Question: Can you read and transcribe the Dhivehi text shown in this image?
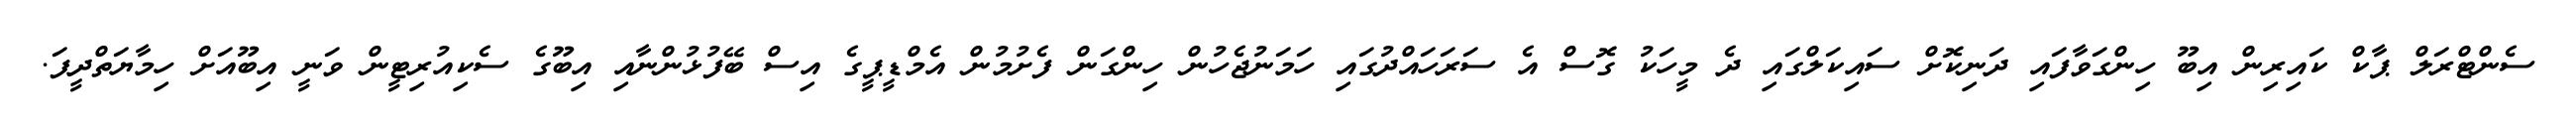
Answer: ސެންޓްރަލް ޕާކް ކައިރިން އިބޫ ހިންގަވާފައި ދަނިކޮށް ސައިކަލްގައި ދެ މީހަކު ގޮސް އެ ސަރަހައްދުގައި ހަމަނުޖެހުން ހިންގަން ފެށުމުން އެމްޑީޕީގެ އިސް ބޭފުޅުންނާއި އިބޫގެ ސެކިއުރިޓީން ވަނީ އިބޫއަށް ހިމާޔަތްދީފަ.